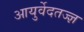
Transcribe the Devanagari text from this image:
आयुर्वेदतज्ज्ञ